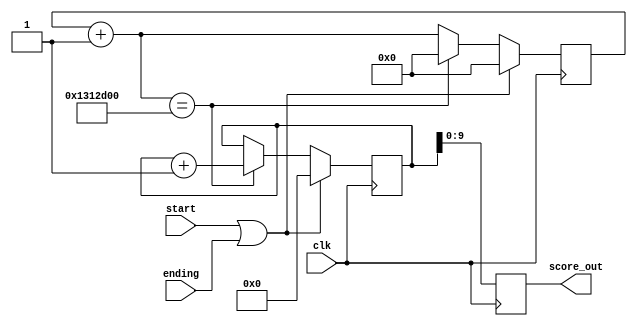
`timescale 1ns / 1ps
//////////////////////////////////////////////////////////////////////////////////
// Company: 
// Engineer: 
// 
// Design Name: 
// Module Name: score
// Project Name: 
// Target Devices: 
// Tool Versions: 
// Description: 
// 
// Dependencies: 
// 
// Revision:
// Revision 0.01 - File Created
// Additional Comments:
// 
//////////////////////////////////////////////////////////////////////////////////


module score(
    input clk,
    //input rst,
    input start,
    input ending,  
    
    output reg [9:0] score_out
 );
    
    reg [11:0] score_nxt;  
    reg [25:0] counter;
    
     always @(posedge clk)
     begin  
            if((start == 1) || (ending == 1)) begin
            score_nxt = 0;
            counter = 0;
            end
            else begin         
                counter = counter + 1;
                
                if(counter == 20000000) begin 
                    score_nxt = score_nxt + 1;
                    counter = 0;
                end
            end  
     end
     
     always @(posedge clk) begin
        score_out <= score_nxt;
     end
     
endmodule